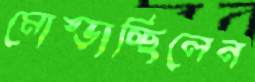
মোষ্‌ড়াচ্ছিলেন